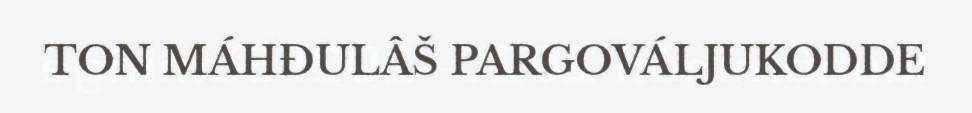
TON MÁHĐULÂŠ PARGOVÁLJUKODDE